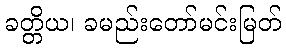
ခတ္တိယ၊ ခမည်းတော်မင်းမြတ်